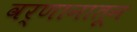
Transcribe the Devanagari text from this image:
वर्णानातून